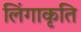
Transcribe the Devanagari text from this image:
लिंगाकृति